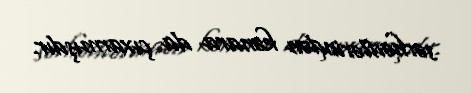
sərhədlərindən kənara da çıxarmışdır.